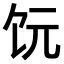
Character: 𫗟